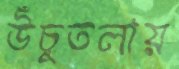
উঁচুতলায়